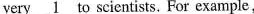
It is very \underline{1} to scientists. For example,